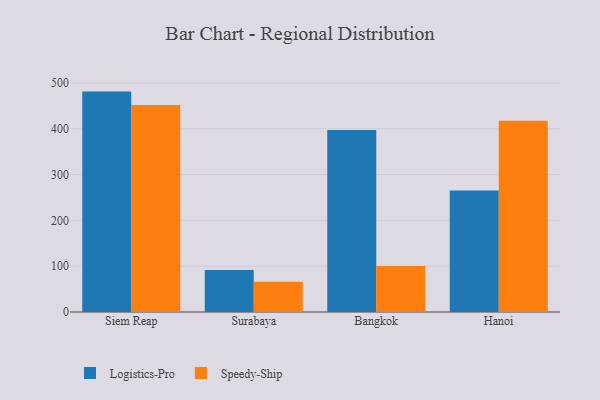
{"axis": {"x": "City", "y": "LTV (USD)"}, "legend": ["Logistics-Pro", "Speedy-Ship"], "data": [{"x": "Siem Reap", "y": 481.1, "type": "Logistics-Pro"}, {"x": "Siem Reap", "y": 452.1, "type": "Speedy-Ship"}, {"x": "Surabaya", "y": 91.6, "type": "Logistics-Pro"}, {"x": "Surabaya", "y": 66.1, "type": "Speedy-Ship"}, {"x": "Bangkok", "y": 397.3, "type": "Logistics-Pro"}, {"x": "Bangkok", "y": 100.5, "type": "Speedy-Ship"}, {"x": "Hanoi", "y": 265.2, "type": "Logistics-Pro"}, {"x": "Hanoi", "y": 417.3, "type": "Speedy-Ship"}]}